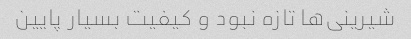
شیرینی‌ها تازه نبود و کیفیت بسیار پایین